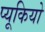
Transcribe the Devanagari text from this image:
प्यूकियो